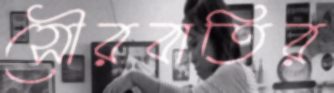
সৌরবাতির